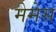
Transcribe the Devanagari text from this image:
मेमेस